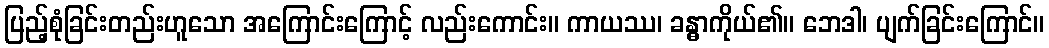
ပြည့်စုံခြင်းတည်းဟူသော အကြောင်းကြောင့် လည်းကောင်း။ ကာယဿ၊ ခန္ဓာကိုယ်၏။ ဘေဒါ၊ ပျက်ခြင်းကြောင်။